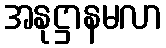
အနုဋ္ဌာနမလာ